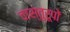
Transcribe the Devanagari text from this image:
वास्तुरूपों